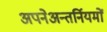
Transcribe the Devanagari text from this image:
अपनेअन्तर्नियमों